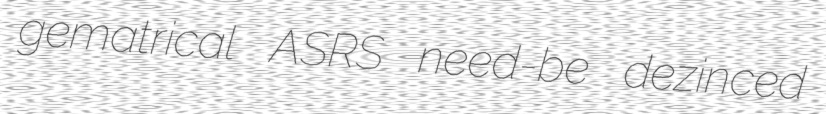
gematrical ASRS need-be dezinced